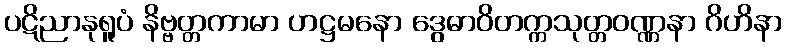
ပဋိညာနုရူပံ နိဗ္ဗတ္တကာမာ ဟဋ္ဌမနော ဒွေဓာဝိတက္ကသုတ္တဝဏ္ဏနာ ဂိဟိနာ